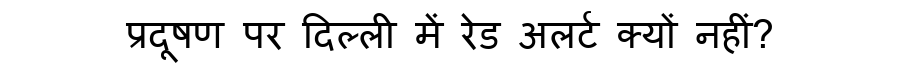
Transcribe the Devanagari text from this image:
प्रदूषण पर दिल्ली में रेड अलर्ट क्यों नहीं?